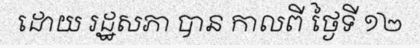
ដោយ រដ្ឋសភា បាន កាលពី ថ្ងៃទី ១២